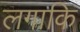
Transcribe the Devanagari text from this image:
लगाकि